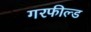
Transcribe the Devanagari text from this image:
गरफील्ड